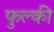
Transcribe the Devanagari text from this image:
फुल्‍की